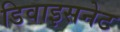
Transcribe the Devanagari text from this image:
डिवाइसनेट